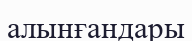
алынғандары